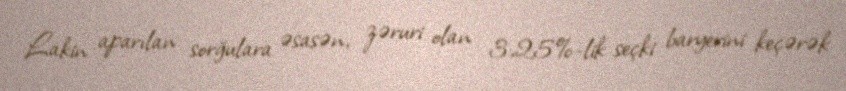
Lakin aparılan sorğulara əsasən, zəruri olan 3,25%-lik seçki baryerini keçərək